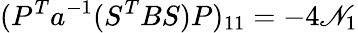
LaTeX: (P^{T}a^{-1}(S^{T}BS)P)_{11}=-4\mathscr{N}_{1}